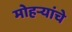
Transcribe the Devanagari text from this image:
मोहऱ्यांचे